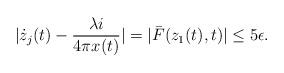
LaTeX: \begin{align*}|\dot{z}_j(t)-\frac{\lambda i}{4\pi x(t)}|=|\bar{F}(z_1(t),t)|\leq 5\epsilon.\end{align*}